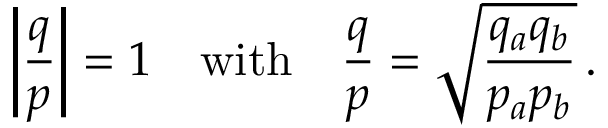
\left| \frac { q } { p } \right| = 1 \quad \mathrm { w i t h } \quad \frac { q } { p } = \sqrt { \frac { q _ { a } q _ { b } } { p _ { a } p _ { b } } } \, .